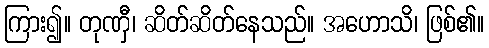
ကြား၍။ တုဏှီ၊ ဆိတ်ဆိတ်နေသည်။ အဟောသိ၊ ဖြစ်၏။